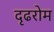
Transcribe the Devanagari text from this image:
दृढरोम